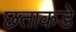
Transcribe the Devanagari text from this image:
छताकडे